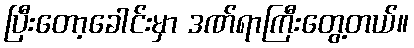
ပြီးတော့ခေါင်းမှာ ဒဏ်ရာကြီးတွေ့တယ်။